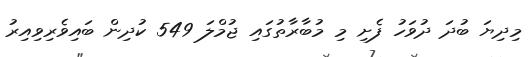
މިދިޔަ ބުދަ ދުވަހު ފެށި މި މުބާރާތުގައި ޖުމްލަ 549 ކުދިން ބައިވެރިވިއިރު